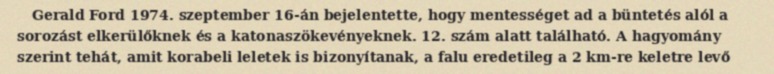
Gerald Ford 1974. szeptember 16-án bejelentette, hogy mentességet ad a büntetés alól a sorozást elkerülőknek és a katonaszökevényeknek. 12. szám alatt található. A hagyomány szerint tehát, amit korabeli leletek is bizonyítanak, a falu eredetileg a 2 km-re keletre levő